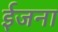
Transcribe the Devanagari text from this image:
ईजना